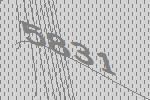
5831